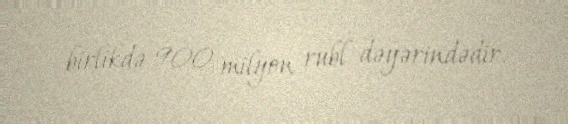
birlikdə 900 milyon rubl dəyərindədir.